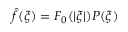
{ \hat { f } } ( \xi ) = F _ { 0 } ( | \xi | ) P ( \xi )